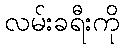
လမ်းခရီးကို